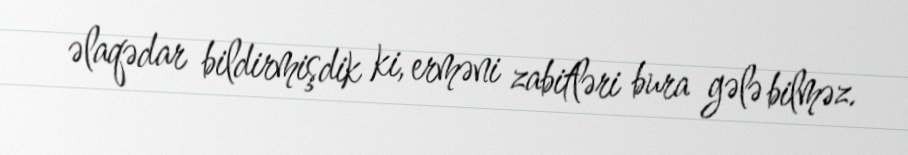
əlaqədar bildirmişdik ki, erməni zabitləri bura gələ bilməz.